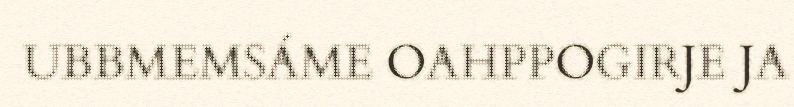
UBBMEMSÁME OAHPPOGIRJE JA